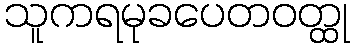
သူကရမုခပေတဝတ္ထု